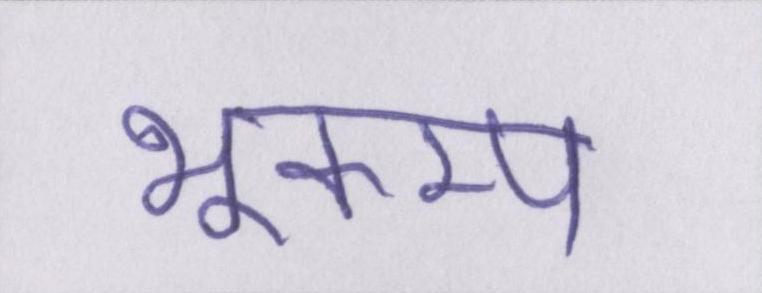
भूकम्प